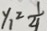
y _ { 1 } \geq \frac { 1 } { 4 }